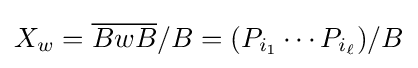
X_{w}={\overline {BwB}}/B=(P_{i_{1}}\cdots P_{i_{\ell }})/B